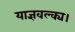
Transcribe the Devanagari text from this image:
याज्ञवल्क्य।